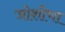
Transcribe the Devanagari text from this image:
जोशीचा